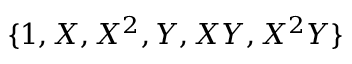
\{ 1 , X , X ^ { 2 } , Y , X Y , X ^ { 2 } Y \}